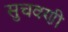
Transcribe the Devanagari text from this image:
सुचवणी